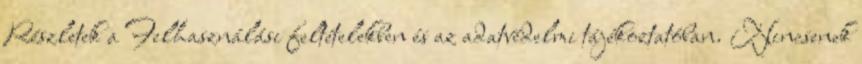
Részletek a Felhasználási feltételekben és az adatvédelmi tájékoztatóban. Nincsenek